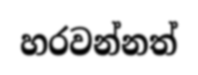
හරවන්නත්